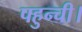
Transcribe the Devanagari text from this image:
पहुन्ची।